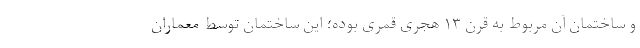
و ساختمان آن مربوط به قرن ۱۳ هجری قمری بوده؛ این ساختمان توسط معماران